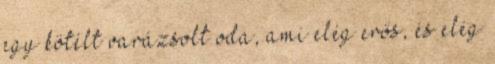
egy kötélt varázsolt oda, ami elég erős, és elég